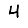
Digit: 4